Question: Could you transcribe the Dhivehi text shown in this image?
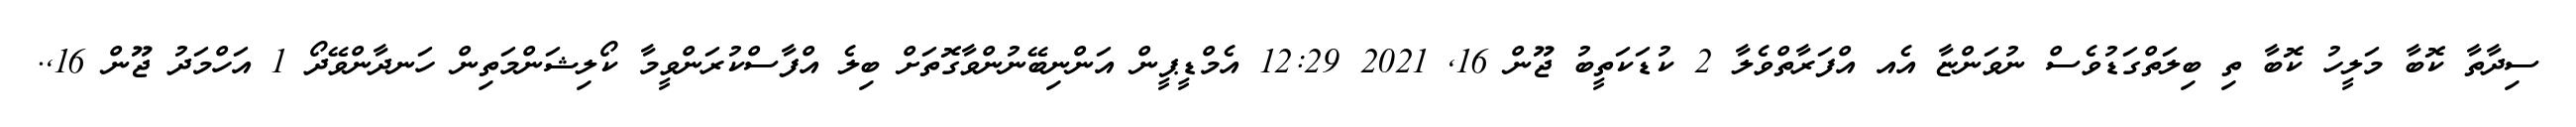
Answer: ސިދާތާ ކޮބާ މަލީހު ކޮބާ ތި ބިލަތްގަޑުވެސް ނުވަންޏާ އެއ އްފަރާތްވެލާ 2 ކުޑަކަތީބު ޖޫން 16, 2021 12:29 އެމްޑީޕީން އަންނިބޭނުންވާގޮތަށް ބިލެ އްފާސްކުރަންވީމާ ކޯލިޝަންމަތިން ހަނދާންވޭދޯ 1 އަހްމަދު ޖޫން 16,.